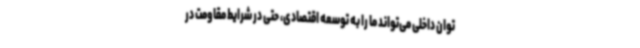
توان داخلی می‌تواند ما را به توسعه اقتصادی، حتی در شرایط مقاومت در